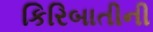
કિરિબાતીની